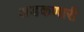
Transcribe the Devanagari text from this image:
अडकणारी